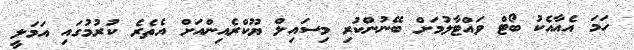
ހަމަ އެއާއެކު ބޯޓް ވައްޓާލުމަށް ބޭނުންކުރި މިސައިލް ޔޫކްރެއިންއަށް އެތެރެ ކުރުމުގައި އަމަލީ